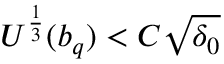
U ^ { \frac { 1 } { 3 } } ( b _ { q } ) < C \sqrt { \delta _ { 0 } }